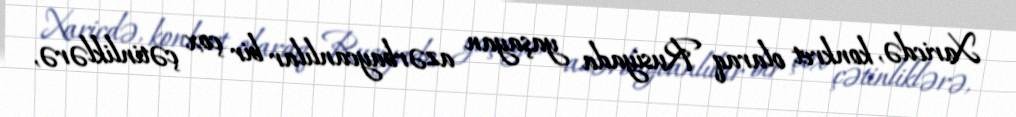
Xaricdə, konkret olaraq Rusiyada yaşayan azərbaycanlılar bir çox çətinliklərə,